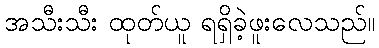
အသီးသီး ထုတ်ယူ ရရှိခဲ့ဖူးလေသည်။